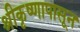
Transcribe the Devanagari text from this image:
श्रीकृष्णापासून